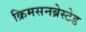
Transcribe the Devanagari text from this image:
क्रिमसनब्रेस्टेड